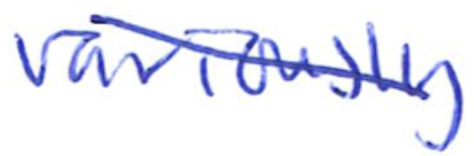
Text: variously
Cross-out: diagonal
Writing tool: ballpoint